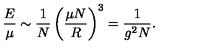
{ \frac { E } { \mu } } \sim { \frac { 1 } { N } } \left( { \frac { \mu N } { R } } \right) ^ { 3 } = { \frac { 1 } { g ^ { 2 } N } } .